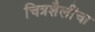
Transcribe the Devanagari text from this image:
चित्रशैलींचा